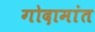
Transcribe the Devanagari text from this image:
गोदामांत